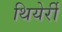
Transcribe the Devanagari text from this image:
थियेर्री